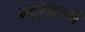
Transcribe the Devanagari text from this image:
न्यूरेनवर्ग